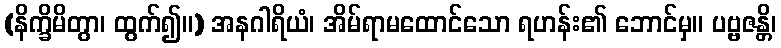
(နိက္ခိမိတွာ၊ ထွက်၍။) အနဂါရိယံ၊ အိမ်ရာမထောင်သော ရဟန်း၏ ဘောင်မှ။ ပဗ္ဗဇန္တိ၊